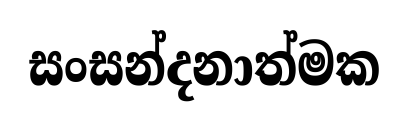
සංසන්දනාත්මක